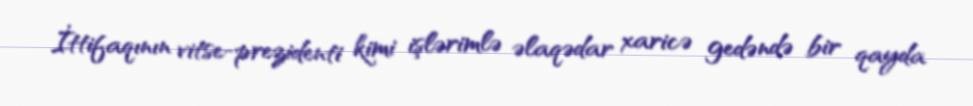
İttifaqının vitse-prezidenti kimi işlərimlə əlaqədar xaricə gedəndə bir qayda